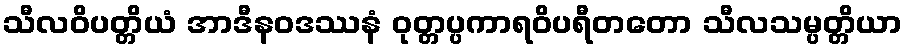
သီလဝိပတ္တိယံ အာဒီနဝဒဿနံ ဝုတ္တပ္ပကာရဝိပရီတတော သီလသမ္ပတ္တိယာ